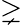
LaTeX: \gneq